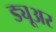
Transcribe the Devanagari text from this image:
ड्यूअर